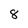
Character: 8